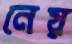
নেয়